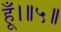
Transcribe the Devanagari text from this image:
हूँ।॥५॥